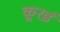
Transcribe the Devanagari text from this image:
कूरई